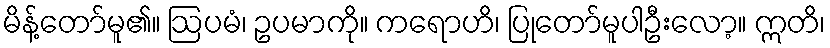
မိန့်တော်မူ၏။ ဩပမံ၊ ဥပမာကို။ ကရောဟိ၊ ပြုတော်မူပါဦးလော့။ ဣတိ၊